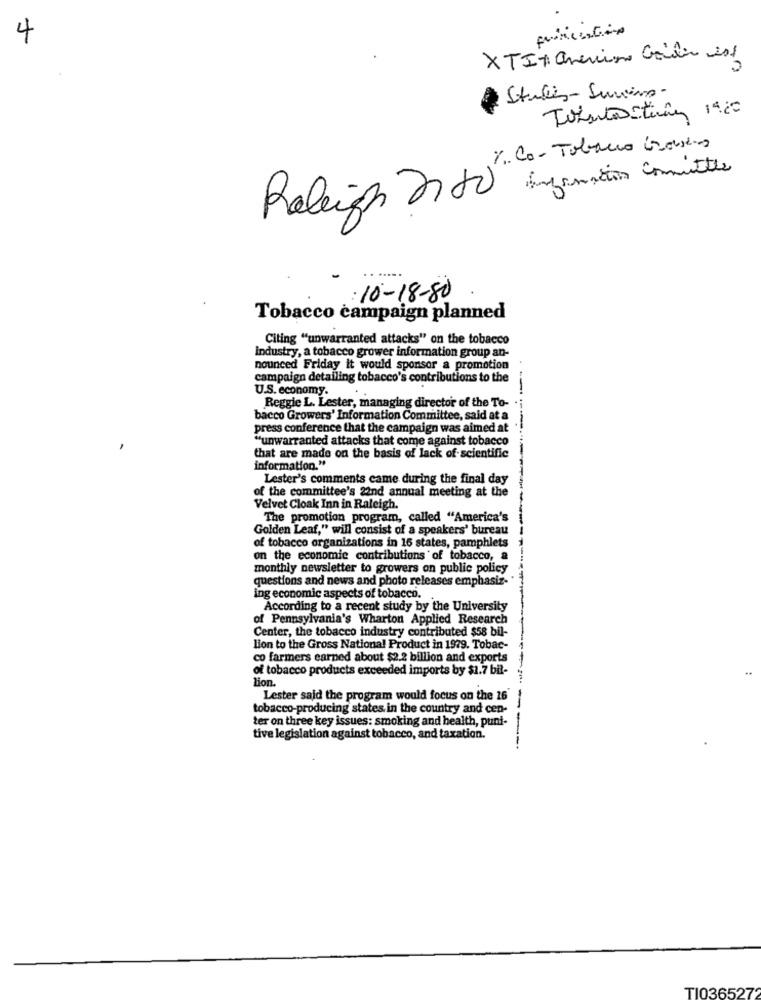
4
XTI + anencine Gaudio 201
Studies-Surins-
Tobets itunes 19.20
Y. Co- Tobacco Grosses
Enfonction Comittee
Raleigh não
: 10-18-80
Tobacco campaign planned
Citing "unwarranted attacks" on the tobacco
Industry, a tobacco grower information group an-
nounced Friday it would sponsor a promotion
campaign detailing tobacco's contributions to the
U.S. economy.
-
Reggie L. Lester, managing director of the To-
bacco Growers' Information Committee, said at a
press conference that the campaign was aimed at
"unwarranted attacks that come against tobacco
that are made on the basis of lack of scientific
information."
Lester's comments came during the final day
of the committee's 22nd annual meeting at the
Velvet Cloak Inn in Raleigh.
The promotion program, called "America's
Golden Leaf," will consist of a speakers' bureau
of tobacco organizations in 16 states, pamphlets
on the economic contributions of tobacco, a
monthly newsletter to growers on public policy
questions and news and photo releases emphasiz-
ing economic aspects of tobacco.
According to a recent study by the University
of Pennsylvania's Wharton Applied Research
Center, the tobacco industry contributed $58 bil-
lion to the Gross National Product in 1979. Tobac-
co farmers earned about $2.2 billion and exports
of tobacco products exceeded imports by $1.7 bil-
lion.
Lester said the program would focus on the 26
tobacco-producing states in the country and cen-
ter on three key issues: smoking and health, punt-
tive legislation against tobacco, and taxation.
-----
TI0365272